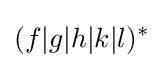
(f|g|h|k|l)^{*}